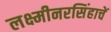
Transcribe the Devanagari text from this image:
लक्ष्मीनरसिंहाचें